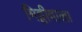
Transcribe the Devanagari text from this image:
मिट्टीवाला